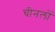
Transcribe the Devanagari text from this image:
चीनलों